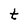
Character: t